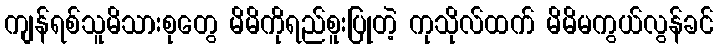
ကျန်ရစ်သူမိသားစုတွေ မိမိကိုရည်စူးပြုတဲ့ ကုသိုလ်ထက် မိမိမကွယ်လွန်ခင်